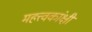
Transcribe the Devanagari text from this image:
महत्त्वकांक्षी